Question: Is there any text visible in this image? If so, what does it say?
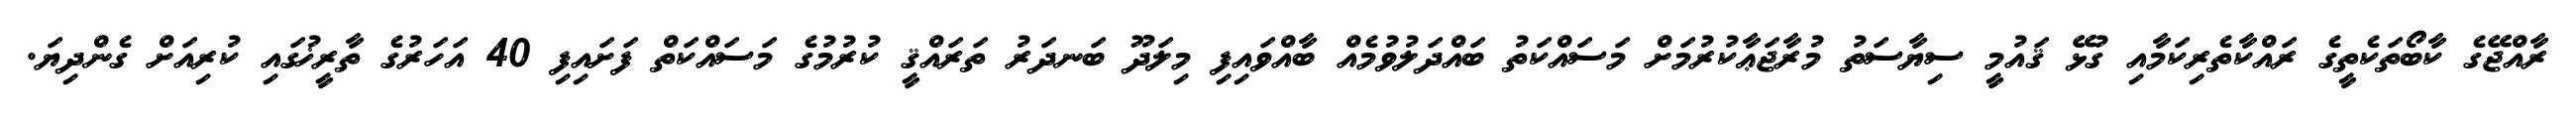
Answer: ރާއްޖޭގެ ކާބޯތަކެތީގެ ރައްކާތެރިކަމާއި ގުޅޭ ޤައުމީ ސިޔާސަތު މުރާޖަޢާކުރުމަށް މަސައްކަތު ބައްދަލުވުމެއް ބާއްވައިފި މިލަދޫ ބަނދަރު ތަރައްޤީ ކުރުމުގެ މަސައްކަތް ފަށައިފި 40 އަހަރުގެ ތާރީޚުގައި ކުރިއަށް ގެންދިޔަ.